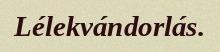
Lélekvándorlás.